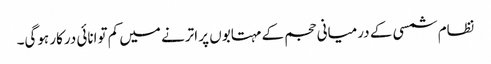
نظام شمسی کے درمیانی حجم کے مہتابوں پر اترنے میں کم توانائی درکار ہوگی۔